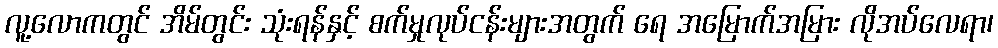
လူ့လောကတွင် အိမ်တွင်း သုံးရန်နှင့် စက်မှုလုပ်ငန်းများအတွက် ရေ အမြောက်အမြား လိုအပ်လေရာ၊